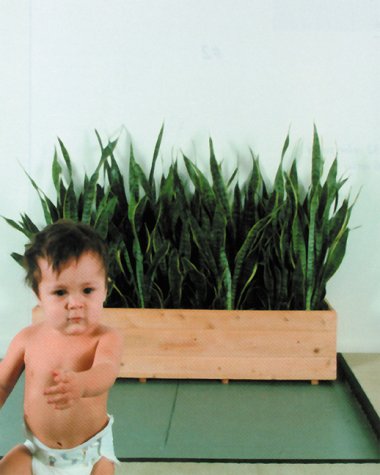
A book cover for Purple #5; Humor & Entertainment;